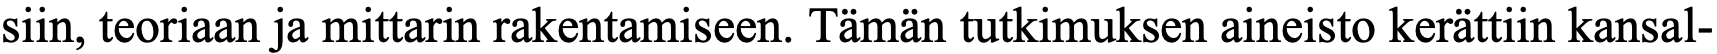
siin, teoriaan ja mittarin rakentamiseen. Tämän tutkimuksen aineisto kerättiin kansal-